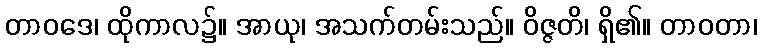
တာဝဒေ၊ ထိုကာလ၌။ အာယု၊ အသက်တမ်းသည်။ ဝိဇ္ဇတိ၊ ရှိ၏။ တာဝတာ၊